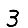
Digit: 3